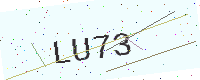
Text: LU73